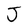
Character: J